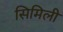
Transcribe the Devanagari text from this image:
सिमिली